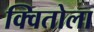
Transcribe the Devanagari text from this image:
क्वितोला